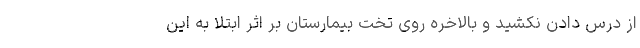
از درس دادن نکشید و بالاخره روی تخت بیمارستان بر اثر ابتلا به این